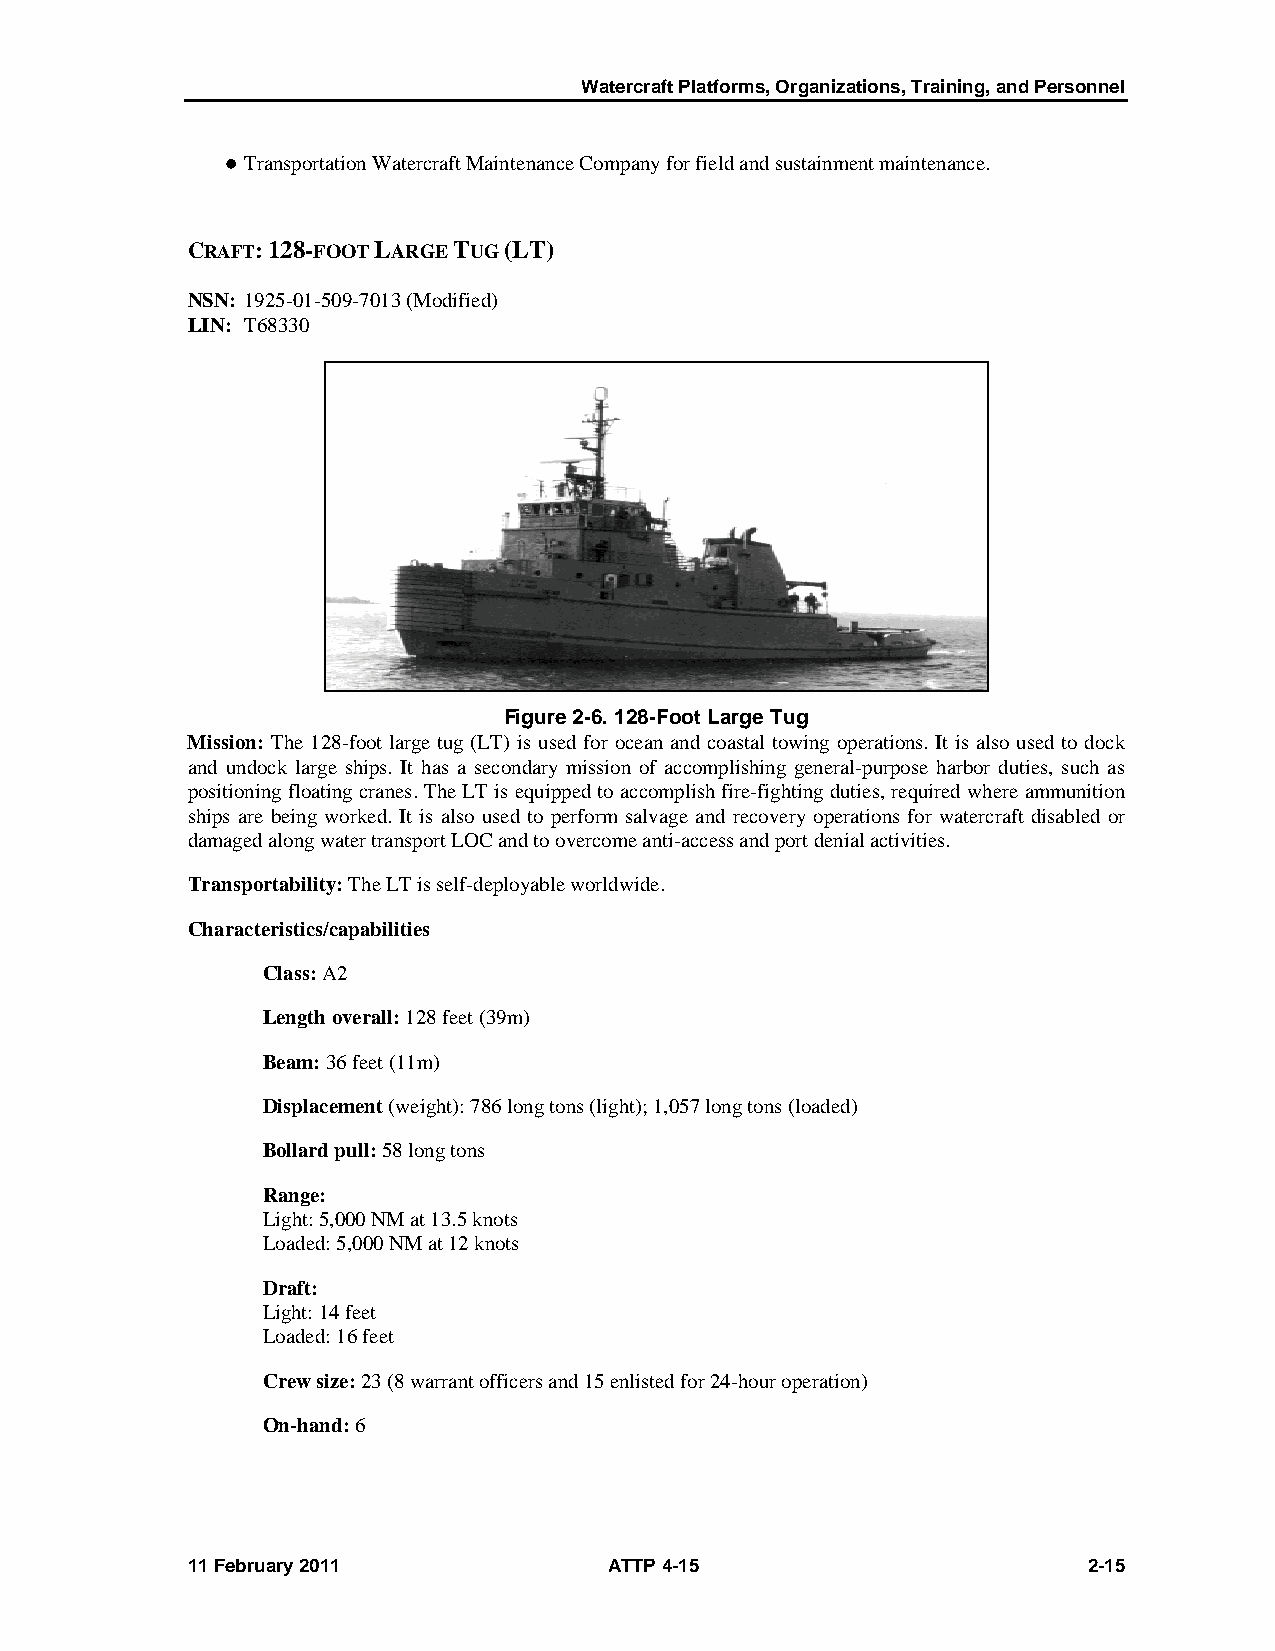
Watercraft Platforms, Organizations, Training, and Personnel
  Transportation Watercraft Maintenance Company for field and sustainment maintenance.
 CRAFT: 128-FOOT LARGE TUG (LT)
 NSN: 1925-01-509-7013 (Modified)
 LIN: T68330
 Figure 2-6. 128-Foot Large Tug
 Mission: The 128-foot large tug (LT) is used for ocean and coastal towing operations. It is also used to dock
 and undock large ships. It has a secondary mission of accomplishing general-purpose harbor duties, such as
 positioning floating cranes. The LT is equipped to accomplish fire-fighting duties, required where ammunition
 ships are being worked. It is also used to perform salvage and recovery operations for watercraft disabled or
 damaged along water transport LOC and to overcome anti-access and port denial activities.
 Transportability: The LT is self-deployable worldwide.
 Characteristics/capabilities
 Class: A2
 Length overall: 128 feet (39m)
 Beam: 36 feet (11m)
 Displacement (weight): 786 long tons (light); 1,057 long tons (loaded)
 Bollard pull: 58 long tons
 Range:
 Light: 5,000 NM at 13.5 knots
 Loaded: 5,000 NM at 12 knots
 Draft:
 Light: 14 feet
 Loaded: 16 feet
 Crew size: 23 (8 warrant officers and 15 enlisted for 24-hour operation)
 On-hand: 6
 11 February 2011            ATTP 4-15                       2-15